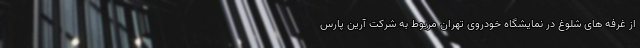
از غرفه های شلوغ در نمایشگاه خودروی تهران مربوط به شرکت آرین پارس